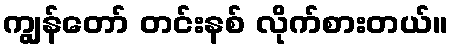
ကျွန်တော် တင်းနစ် လိုက်စားတယ်။